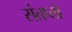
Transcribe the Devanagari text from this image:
संतप्तों